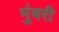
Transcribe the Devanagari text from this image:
मुंबरी